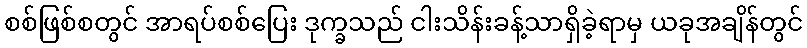
စစ်ဖြစ်စတွင် အာရပ်စစ်ပြေး ဒုက္ခသည် ငါးသိန်းခန့်သာရှိခဲ့ရာမှ ယခုအချိန်တွင်